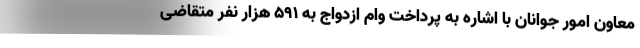
معاون امور جوانان با اشاره به پرداخت وام ازدواج به ۵۹۱ هزار نفر متقاضی